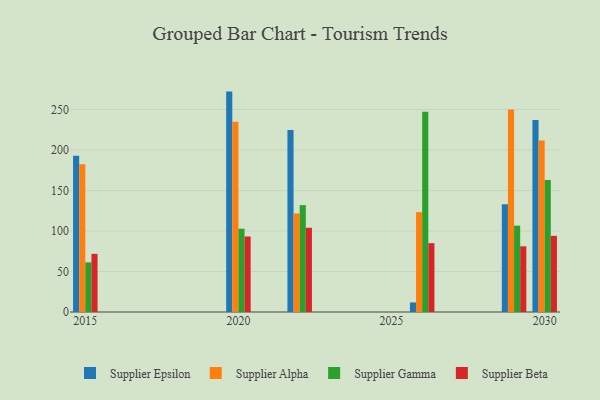
{"axis": {"x": "Year", "y": "Tickets Resolved"}, "legend": ["Supplier Alpha", "Supplier Beta", "Supplier Epsilon", "Supplier Gamma"], "data": [{"x": "2029", "y": 133.0, "type": "Supplier Epsilon"}, {"x": "2029", "y": 250.1, "type": "Supplier Alpha"}, {"x": "2029", "y": 106.6, "type": "Supplier Gamma"}, {"x": "2029", "y": 81.1, "type": "Supplier Beta"}, {"x": "2022", "y": 224.6, "type": "Supplier Epsilon"}, {"x": "2022", "y": 121.6, "type": "Supplier Alpha"}, {"x": "2022", "y": 131.9, "type": "Supplier Gamma"}, {"x": "2022", "y": 104.0, "type": "Supplier Beta"}, {"x": "2015", "y": 192.9, "type": "Supplier Epsilon"}, {"x": "2015", "y": 182.3, "type": "Supplier Alpha"}, {"x": "2015", "y": 61.3, "type": "Supplier Gamma"}, {"x": "2015", "y": 71.8, "type": "Supplier Beta"}, {"x": "2030", "y": 237.0, "type": "Supplier Epsilon"}, {"x": "2030", "y": 211.6, "type": "Supplier Alpha"}, {"x": "2030", "y": 163.1, "type": "Supplier Gamma"}, {"x": "2030", "y": 94.0, "type": "Supplier Beta"}, {"x": "2020", "y": 272.1, "type": "Supplier Epsilon"}, {"x": "2020", "y": 234.8, "type": "Supplier Alpha"}, {"x": "2020", "y": 102.8, "type": "Supplier Gamma"}, {"x": "2020", "y": 93.2, "type": "Supplier Beta"}, {"x": "2026", "y": 11.8, "type": "Supplier Epsilon"}, {"x": "2026", "y": 123.3, "type": "Supplier Alpha"}, {"x": "2026", "y": 247.1, "type": "Supplier Gamma"}, {"x": "2026", "y": 85.0, "type": "Supplier Beta"}]}